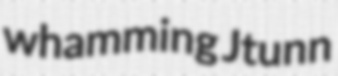
whamming Jtunn